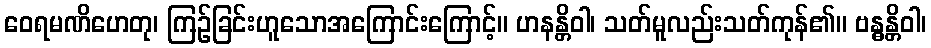
ဝေရမဏိဟေတု၊ ကြဉ်ခြင်းဟူသောအကြောင်းကြောင့်။ ဟနန္တိဝါ၊ သတ်မူလည်းသတ်ကုန်၏။ ဗန္ဓန္တိဝါ၊